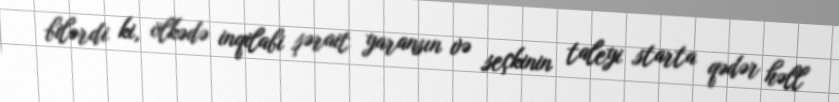
bilərdi ki, ölkədə inqilabi şərait yaransın və seçkinin taleyi starta qədər həll